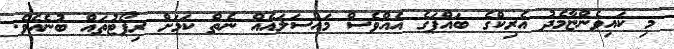
މި ކައިވެންޏާމެދު އެރިކްގެ ބައްޕަގެ އެއްވެސް މައްސަލައެއް ނެތް ކަމަށް ރިޕޯޓުތައް ބުނެއެވެ.